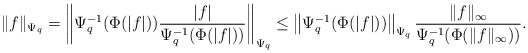
\begin{align*} \| f\|_{\Psi_q}=\left\| \Psi_q^{-1}(\Phi(|f|))\frac{|f|}{\Psi_q^{-1}(\Phi(|f|))}\right\|_{\Psi_q} \leq \left\| \Psi_q^{-1}(\Phi(|f|))\right\|_{\Psi_q}\frac{\|f\|_\infty}{\Psi_q^{-1}(\Phi(\|f\|_\infty))}.\end{align*}